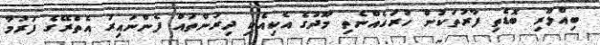
ބިއްލޫރި ބޮޑެތި ފާރުތަކުން ހުރަހެއްނެތި މޫދުގެ އެކިއެކި ދިރުންތައް ފެންނައިރު އެތެރޭގެ ފަރުމާ